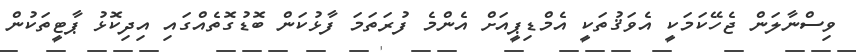
ވިސްނާލަން ޖެހޭކަމަކީ އެވަޤުތަކީ އެމްޑިޕީއަށް އެންމެ ފުރަތަމަ ފާޅުކަން ބޮޑުގޮތެއްގައި އިދިކޮޅު ޕާޓީތަކުން